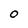
Character: O